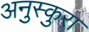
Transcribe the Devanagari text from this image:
अनुस्कुरा